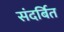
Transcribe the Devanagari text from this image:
संदर्बित